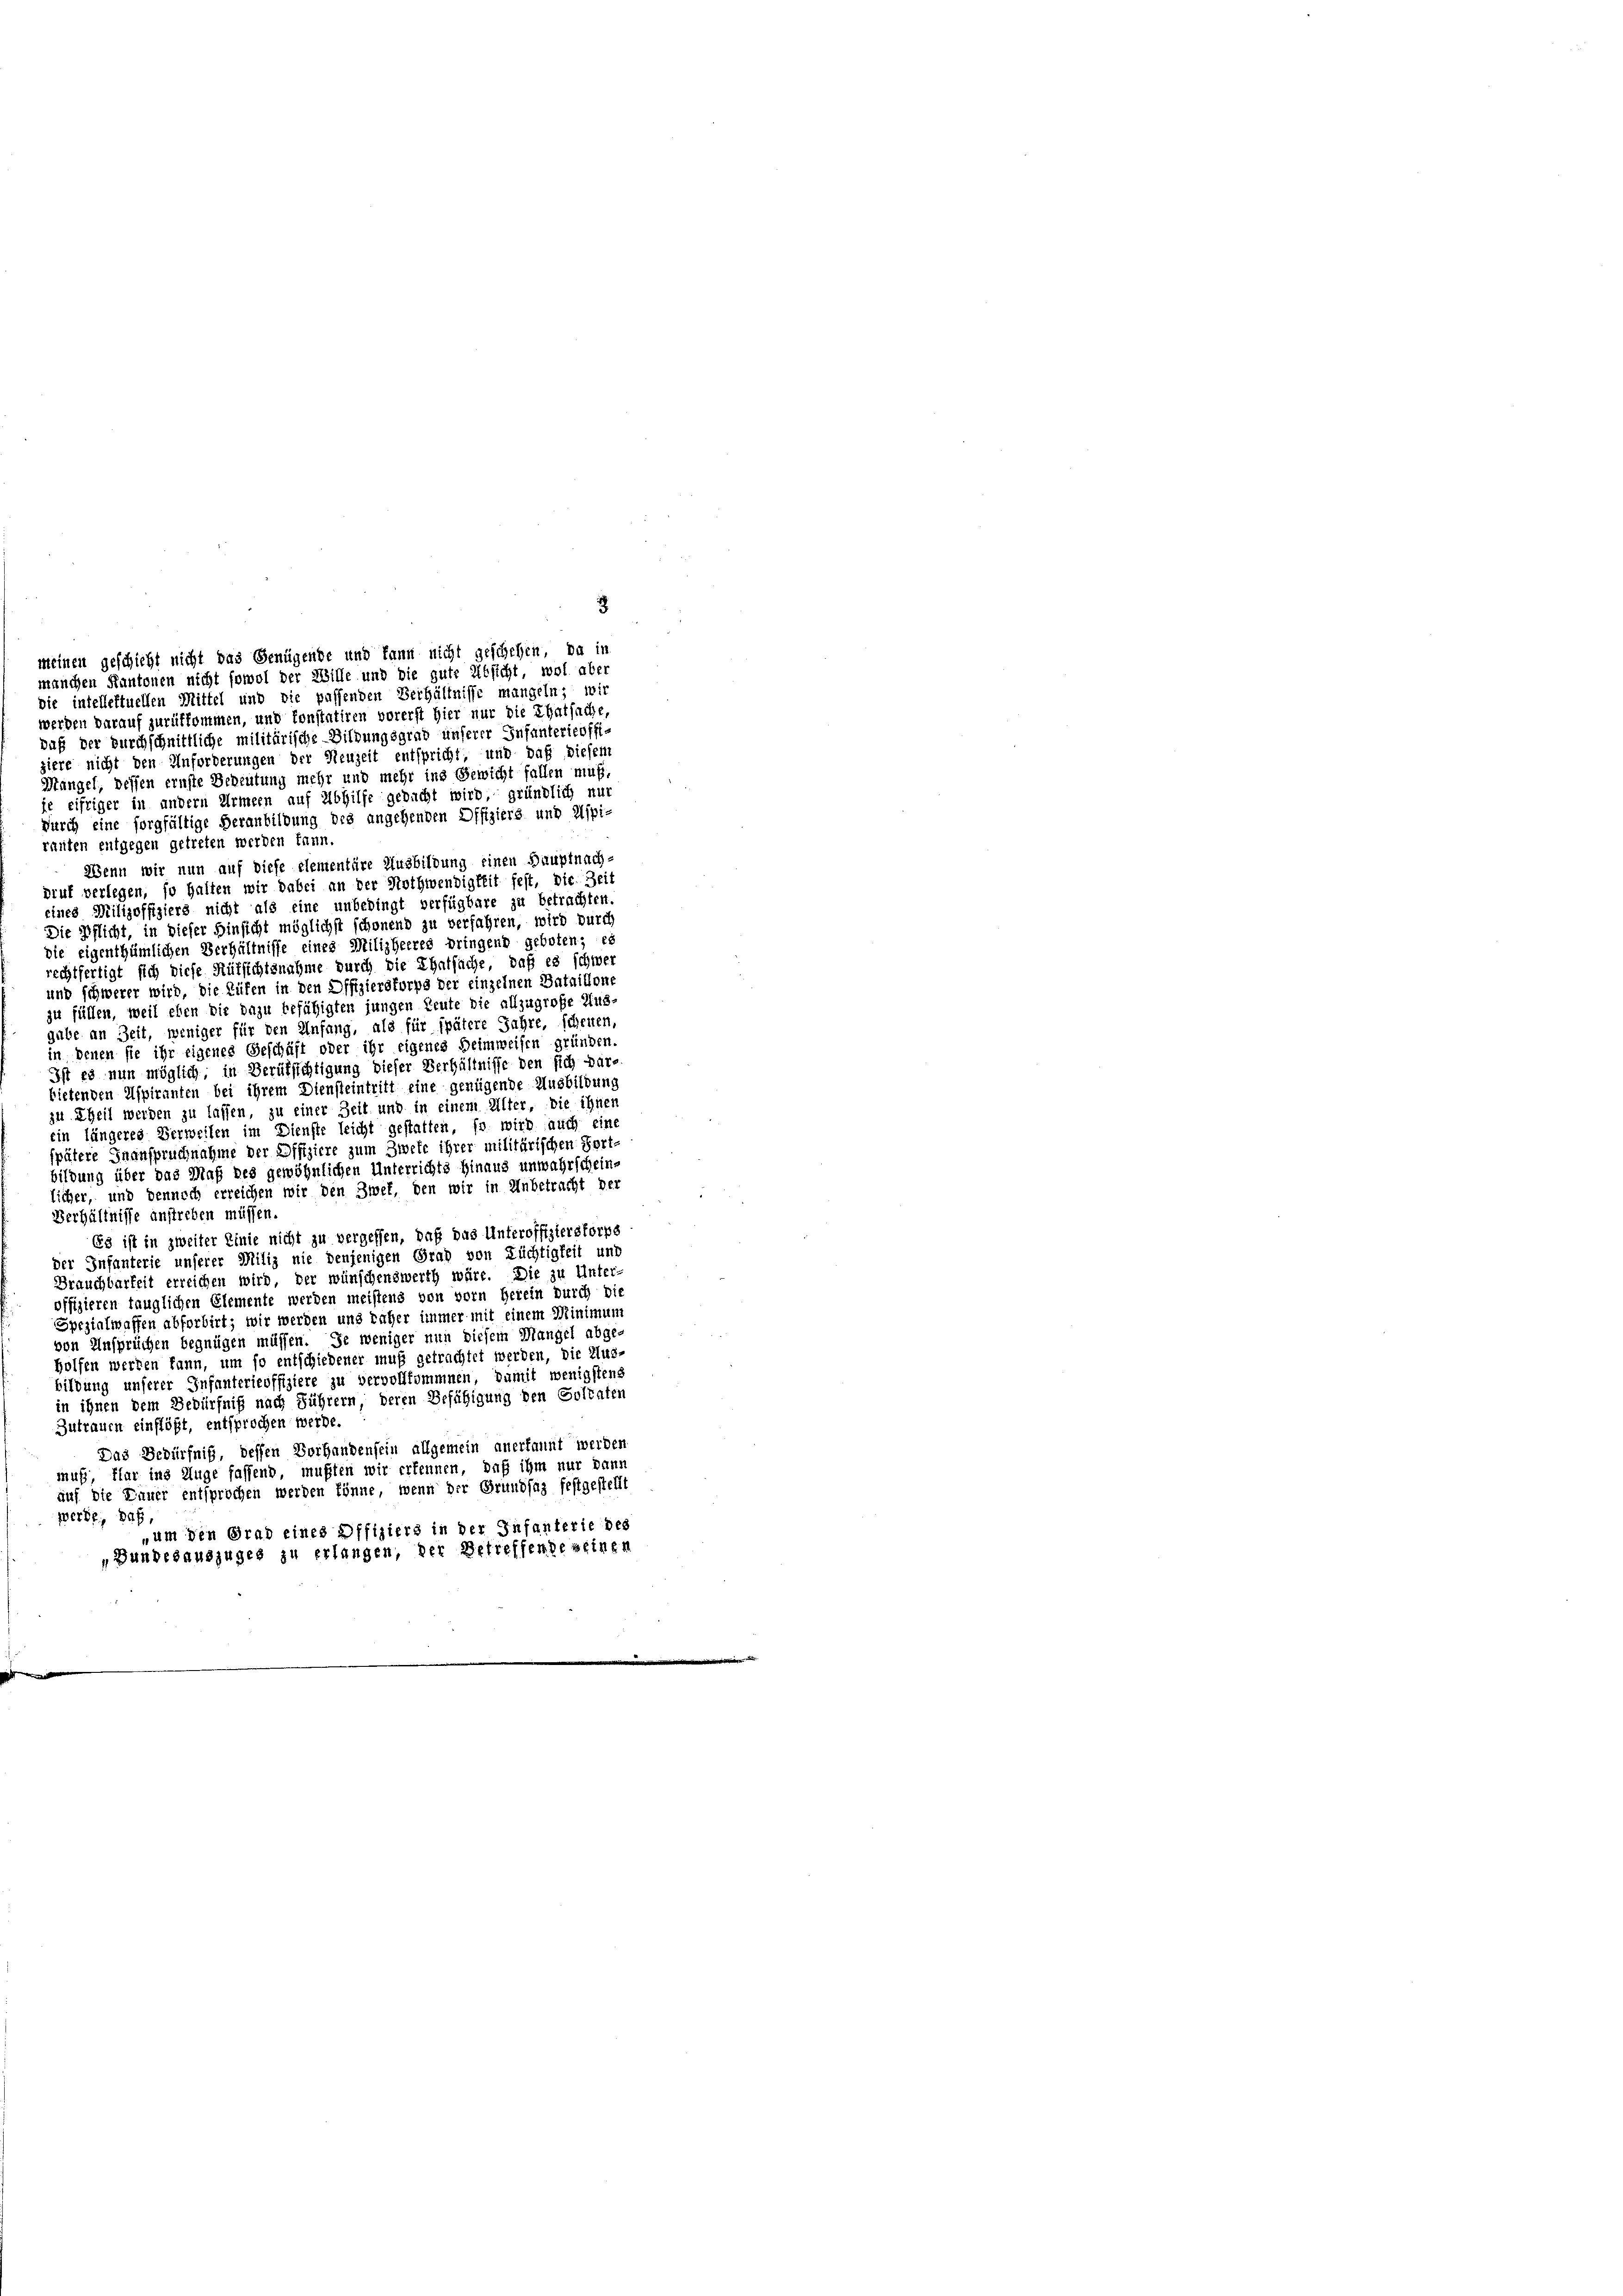
8
meinen geschicht nicht das Genügende und kann nicht geschehen, da in
manchen Kantonen nicht sowol der Wille und die gute Absicht, wol aber
die intelleftuellen Mittel und die passenden Verhältnisse mangeln; wir

werden darauf zurükkommen, und konstatiren vorerst hier nur die Thatsache,
daß der Durchschnittliche militärische Bildungsgrab unserer Infanterieoffiziere nicht den Anforderungen der Neuzeit entspricht, und daß diesem
Mangel, bessen ernste Bedeutung mehr und mehr ins Gewicht fallen muß,
je eifriger in andern Armeen auf Abhilfe gedacht wird, gründlich nur
durch eine sorgfältige Heranbildung des angehenden Offiziers und Aspirauten entgegen getreten werden kann.
Wenn wir nun auf diese Elementäre Ausbildung einen Hauptnach-
pruf verlegen, so halten wir dabei an der Nothwendigkeit fest, die Zeit
eines Milizoffiziers nicht als eine unbedingt verfügbare zu betrachten.
Die Pflicht, in dieser Hinsicht möglichst schonend zu verfahren, wird durch
die eigenthümlichen Verhältnisse eines Milizheeres bringend geboten; es
rechtfertigt sich diese Rütsichtsnahme durch die Thatsäche, daß es schwer
und schwerer wird, die Rüfen in den Offiziersforps der einzelnen Bataillone
zu füllen, weil eben die dazu befähigten jungen Leute die allzugroße Aus-
gabe an Zeit, weniger für den Anfang, als für spätere Jahre, schenen,
in denen sie ihr eigenes Geschäft oder ihr eigenes Heimweisen gründen.
Ist es nun möglich, in Berüksichtigung dieser Verhältnisse den sich pare
bietenden Aspiranten bei ihrem Diensteintritt eine genügende Ausbildung
zu Theil werden zu lassen, zu einer Zeit und in einem Alter, die ihnen
ein längeres Verweilen im Dienste leicht gestatten, so wird auch eine
spätere Inanspruchnahme der Offiziere zum Zwete ihrer militärischen Fort-
bildung über das Maß des gewöhnlichen Unterrichts hinaus unwahrscheins
icher, und dennoch erreichen wir den Zwet, den wir in Unbetracht der
Verhältnisse anstreben müssen.
Es ist in zweiter Linie nicht zu vergessen, daß das Unteroffizierstorps
der Infanterie unserer Miliz nie denjenigen Grad von Füchtigkeit und
Brauchbarkeit erreichen wird, der wünschenswerth wäre. Die zu Unter-
offizieren tauglichen Elemente werden meistens von vorn herein durch di
Spezialwaffen abforbirt; wir werden und daher immer mit einem Minimum
von Ansprüchen begnügen müssen. Je weniger nun diesem Mangel abge-
Holfen werden kann, um so entschiedener muß getrachtet werden, die Aus-
bildung unserer Infanterieoffiziere zu vervollkommnen, damit wenigstens
in ihnen dem Bedürfniß nach Führern deren Befähigung den Soltaten
Zutrauen einflößt, entsprochen werde.
Das Bedürfniß, dessen Vorhandensein allgemein anerkannt werden
muß, flar ins Auge fassend, mußten wir erkennen, daß ihm nur dann
auf die Dauer entsprochen werden könne, wenn der Grundsaz festgestellt
werde, daß
„um den Grad eines Offiziers in der Infanterie des
Hundesauszuges zu erlangen, der Betreffende seinen